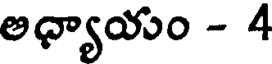
అధ్యాయం - 4